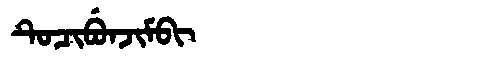
Manchu: ᡨᡠᠴᡳᠪᡠᠨᠵᡳᠮᠪᡳ
Romanization: TUCIBUNJIMBI